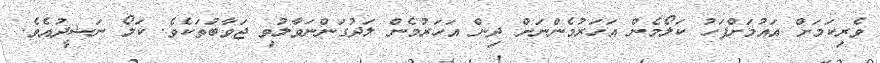
ވެރިކަމަށް އައުމަށްފަހު ކަލޯމެން އަހަރުމެންނަށް ދިން އަހަރުމެން ލަދުގަންނަވާލުވި ޖަވާބުތަކެވެ. ކަލޯ ނަޝީދުއެވެ.